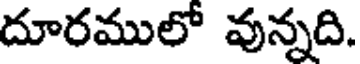
దూరములో వున్నది.